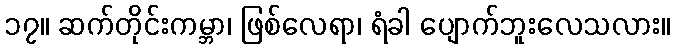
၁၇။ ဆက်တိုင်းကမ္ဘာ၊ ဖြစ်လေရာ၊ ရံခါ ပျောက်ဘူးလေသလား။